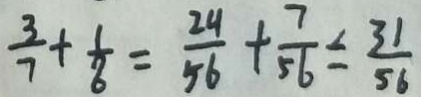
\frac { 3 } { 7 } + \frac { 1 } { 6 } = \frac { 2 4 } { 5 6 } + \frac { 7 } { 5 6 } \leq \frac { 3 1 } { 5 6 }